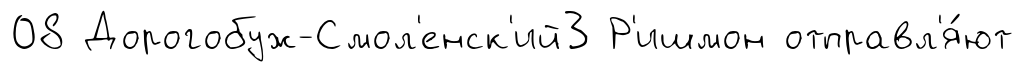
08 Дорогобуж-Смол'енск'ий3 Р'ишмон отправл'я́ют